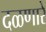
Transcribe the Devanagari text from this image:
दळणारे